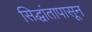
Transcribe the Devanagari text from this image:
सिद्धांतापासून